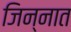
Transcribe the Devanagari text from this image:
जिन्‍नात